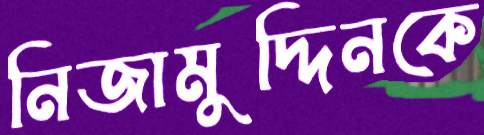
নিজামুদ্দিনকে